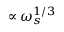
\propto \omega _ { s } ^ { 1 / 3 }